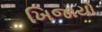
ખિજાયો